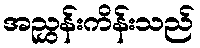
အညွှန်းကိန်းသည်